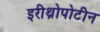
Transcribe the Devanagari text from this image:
इरीथ्रोपोटीन